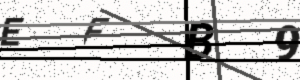
Text: EFB9